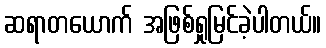
ဆရာတယောက် အဖြစ်ရှုမြင်ခဲ့ပါတယ်။